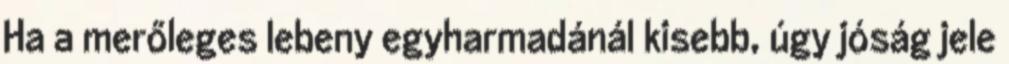
Ha a merőleges lebeny egyharmadánál kisebb, úgy jóság jele